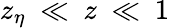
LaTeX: z_{\eta}~\ll~z~\ll~1